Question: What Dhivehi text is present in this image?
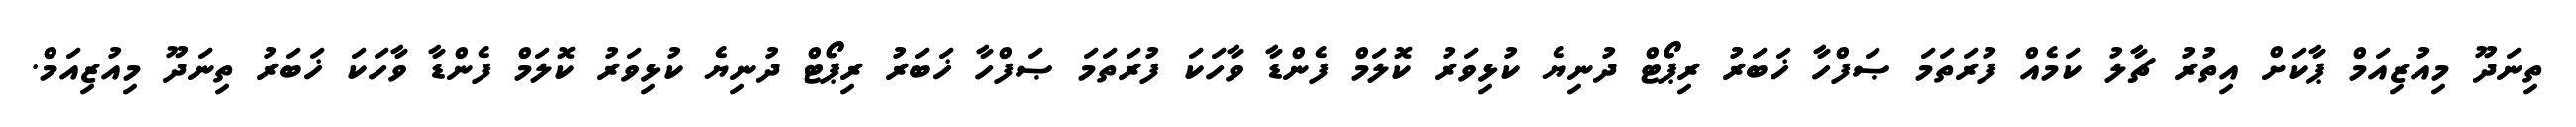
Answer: ތިނަދޫ މިއުޒިއަމް ޕާކަށް އިތުރު ޗާލު ކަމެއް ފުރަތަމަ ޞަފްހާ ޚަބަރު ރިޕޯޓް ދުނިޔެ ކުޅިވަރު ކޮލަމް ފެންޑާ ވާހަކަ ފުރަތަމަ ޞަފްހާ ޚަބަރު ރިޕޯޓް ދުނިޔެ ކުޅިވަރު ކޮލަމް ފެންޑާ ވާހަކަ ޚަބަރު ތިނަދޫ މިއުޒިއަމް.